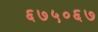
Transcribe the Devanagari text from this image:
६७५०६७